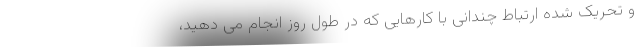
و تحریک شده ارتباط چندانی با کارهایی که در طول روز انجام می دهید،